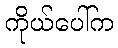
ကိုယ်ပေါ်က